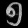
Digit: ၅